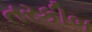
તરકીબ